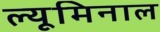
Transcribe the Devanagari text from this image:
ल्यूमिनाल